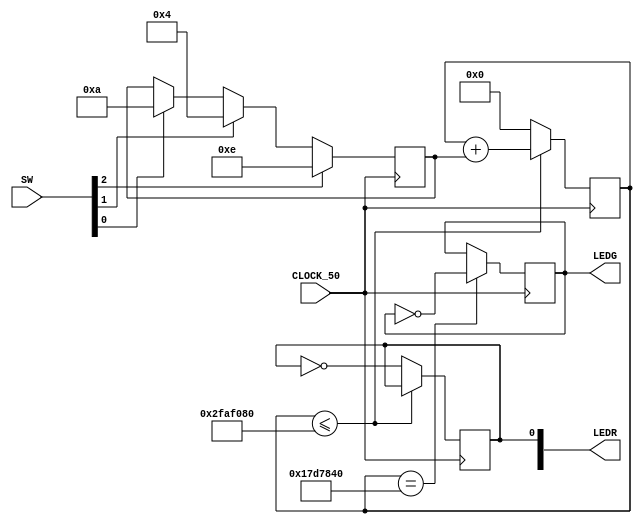
module top(input CLOCK_50, input [3:0]SW,  output reg [7:0]LEDR, output reg [0:0]LEDG);

reg[31:0] counter;
reg[3:0] soma=1;

always @(posedge CLOCK_50)
begin
	if(counter<=50000000)
	begin
		counter<=counter+soma;
	end
	else
	begin
		counter<=0;
		LEDR[0]<=~LEDR[0];
	end
		if(SW[0]==1)
		begin
			soma=10;
		end
		if(SW[1]==1)
		begin
			soma=20;
		end
		if(SW[2]==1)
		begin
			soma=30;
		end
	if(counter == 25000000)
	begin
		LEDG <=~LEDG;
	end


end
endmodule